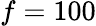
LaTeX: f=100